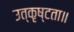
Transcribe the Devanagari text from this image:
उत्कृष्टता॥